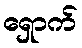
ရှောက်